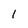
Character: I